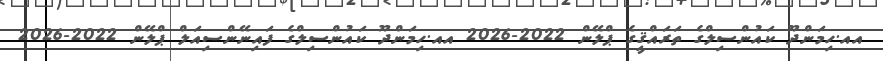
އއ.ހިމަންދޫ ކައުންސިލްގެ ތަރައްޤީގެ ޕްލޭން 2022-2026 އއ.ހިމަންދޫ ކައުންސިލްގެ ފައިނޭންސިއަލް ޕްލޭން 2022-2026